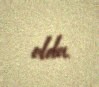
oldu.